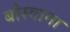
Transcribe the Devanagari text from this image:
बोस्वाना